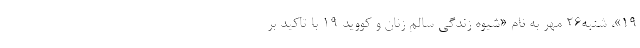
۱۹»، شنبه۲۶ مهر به نام «شیوه زندگی سالم زنان و کووید ۱۹ با تاکید بر